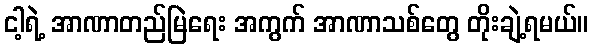
ငါ့ရဲ့ အာဏာတည်မြဲရေး အကွက် အာဏာသစ်တွေ တိုးချဲ့ရမယ်။